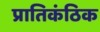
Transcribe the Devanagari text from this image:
प्रातिकंठिक